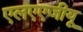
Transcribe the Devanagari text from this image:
एलएएजीयू